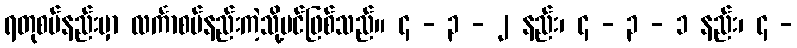
ရတုစပ်နည်းမှာ လင်္ကာစပ်နည်းကဲ့သို့ပင်ဖြစ်သည်။ ၄ - ၃ - ၂ နည်း၊ ၄ - ၃ - ၁ နည်း၊ ၄ -